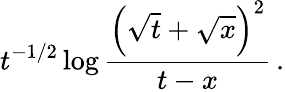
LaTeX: t^{-1/2}\log{\frac{\left(\sqrt{t}+\sqrt{x}\right)^{2}}{t-x}}\, .